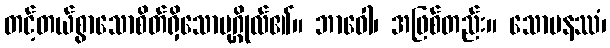
တင့်တယ်စွာသောစိတ်ရှိသောပုဂ္ဂိုလ်၏။ ဘာဝေါ၊ အဖြစ်တည်း။ သောမနဿံ၊